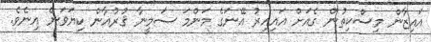
އައިޒާން މިސްކިތުން ގެއަށް އައިއިރު އޭނަގެ މަންމަ ސަމީނާ ޤުރުއާން ކިޔަވަން އިނެވެ.